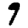
Digit: 9